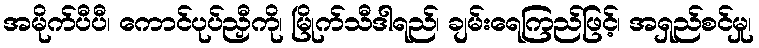
အမိုက်ပီပီ၊ ကောင်ပုပ်ညှီကို၊ မြိုက်သီဒါရည်၊ ချမ်းရေကြည်ဖြင့်၊ အရှည်စင်မှု၊